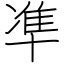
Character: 凖